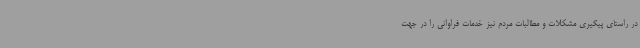
در راستای پیگیری مشکلات و مطالبات مردم نیز خدمات فراوانی را در جهت